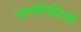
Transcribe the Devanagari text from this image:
नातालिसियो